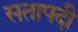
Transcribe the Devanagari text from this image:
सतापदी